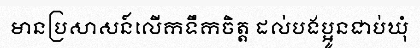
មានប្រសាសន៍លើកទឹកចិត្ត ដល់បងប្អូនជាប់ឃុំ